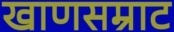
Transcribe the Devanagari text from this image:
खाणसम्राट